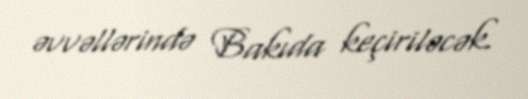
əvvəllərində Bakıda keçiriləcək.